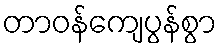
တာဝန်ကျေပွန်စွာ